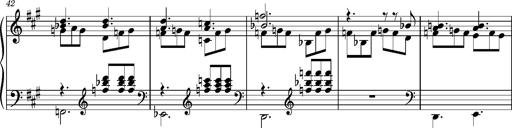
Title: PriÃ¨re d'un enfant Ã  son rÃ©veil
Composer: Franz Liszt
Key: A major